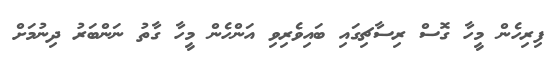
ފިރިހެން މީހާ ގޮސް ރިސާޗިގައި ބައިވެރިވި އަންހެން މީހާ ގާތު ނަންބަރު ދިނުމަށް